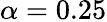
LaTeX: \alpha=0.25